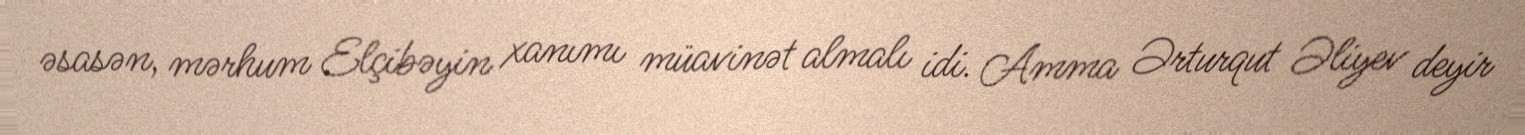
əsasən, mərhum Elçibəyin xanımı müavinət almalı idi. Amma Ərturqut Əliyev deyir